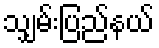
သျှမ်းပြည်နယ်